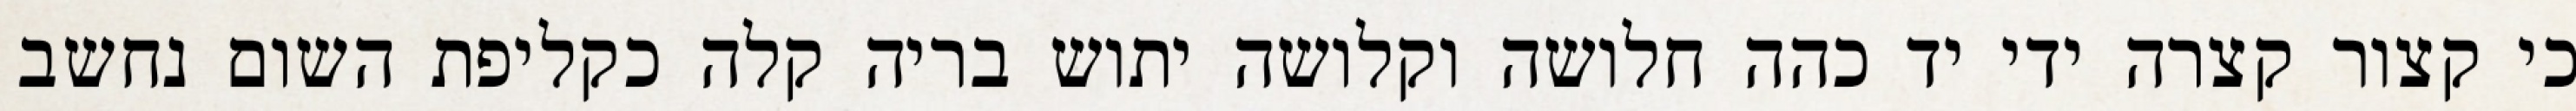
כי קצור קצרה ידי יד כהה חלושה וקלושה יתוש בריה קלה כקליפת השום נחשב